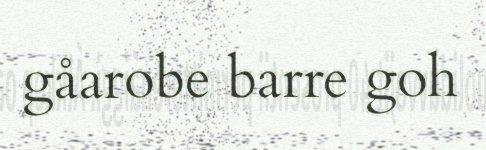
gåarobe barre goh